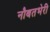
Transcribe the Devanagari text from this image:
नौबतभेरी